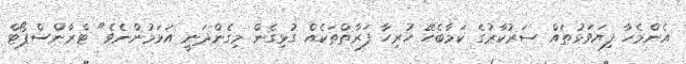
އެންމެހާ ފިޔަވަޅުތައް ސަރުކާރުގެ ކަމާބެހޭ ހުރިހާ ފަރާތްތަކެއް ގުޅިގެން މިގެންދަނީ އަޅަމުންނެވެ" ޓްރާންސްޕޯޓް